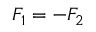
F _ { 1 } = - F _ { 2 }